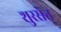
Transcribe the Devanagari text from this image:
शुरसेन